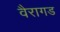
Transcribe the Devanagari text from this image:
वैरागड